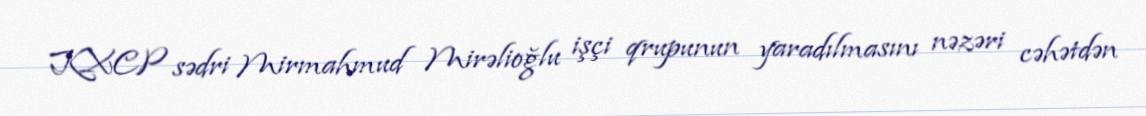
KXCP sədri Mirmahmud Mirəlioğlu işçi qrupunun yaradılmasını nəzəri cəhətdən